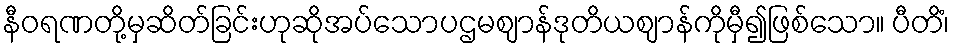
နီဝရဏတို့မှဆိတ်ခြင်းဟုဆိုအပ်သောပဌမဈာန်ဒုတိယဈာန်ကိုမှီ၍ဖြစ်သော။ ပီတိံ၊